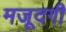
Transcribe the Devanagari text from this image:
मजूदगी